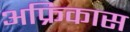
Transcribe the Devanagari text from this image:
अफ्रिकास